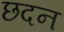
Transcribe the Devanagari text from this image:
छदन